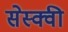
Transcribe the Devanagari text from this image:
सेस्क्वी